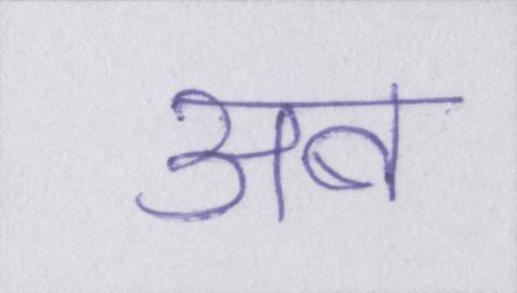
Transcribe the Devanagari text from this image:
अब